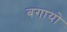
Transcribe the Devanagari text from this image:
बगायो